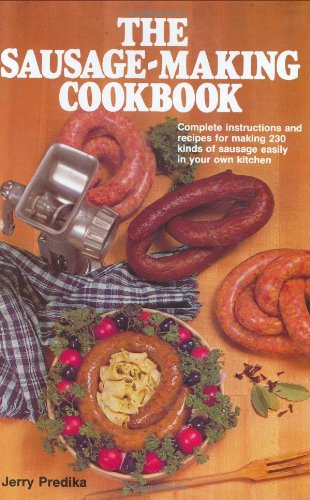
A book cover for The Sausage-Making Cookbook: Complete Instructions and Recipes for Making 230 Kinds of Sausage Easily in Your Own Kitchen; Jerry Predika; Cookbooks, Food & Wine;